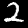
Label: 2